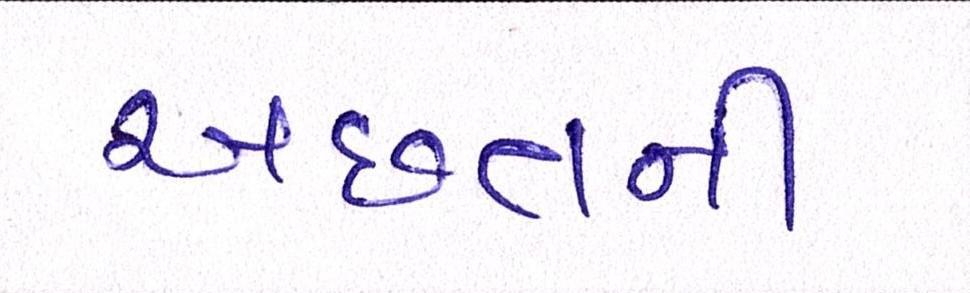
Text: અછતની